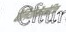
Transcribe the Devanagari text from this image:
पैलियोमैग्नेटिक